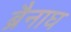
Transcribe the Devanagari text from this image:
ब्रैनाघ